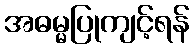
အဓမ္မပြုကျင့်ရန်